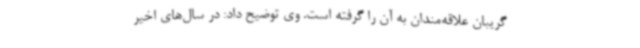
گریبان علاقه‌مندان به آن را گرفته است. وی توضیح داد: در سال‌های اخیر